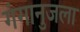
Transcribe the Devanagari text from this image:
गंगानुजला